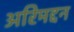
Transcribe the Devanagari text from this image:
अरिमद्दन